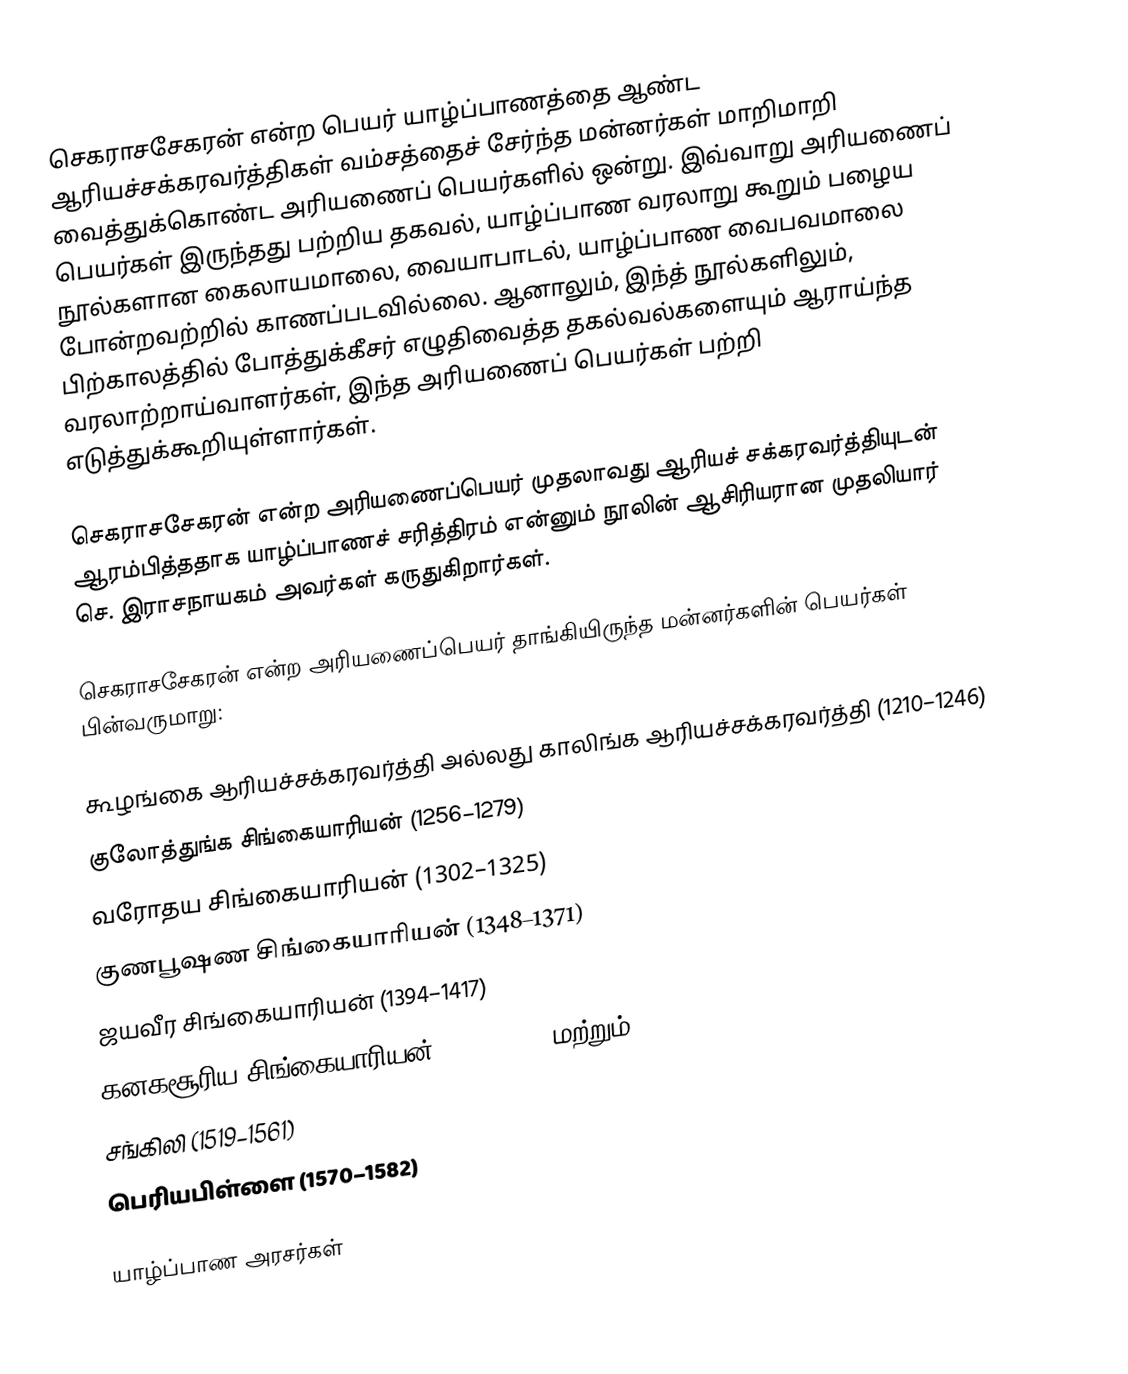
செகராசசேகரன் என்ற பெயர் யாழ்ப்பாணத்தை ஆண்ட ஆரியச்சக்கரவர்த்திகள் வம்சத்தைச் சேர்ந்த மன்னர்கள் மாறிமாறி வைத்துக்கொண்ட அரியணைப் பெயர்களில் ஒன்று. இவ்வாறு அரியணைப் பெயர்கள் இருந்தது பற்றிய தகவல், யாழ்ப்பாண வரலாறு கூறும் பழைய நூல்களான கைலாயமாலை, வையாபாடல், யாழ்ப்பாண வைபவமாலை போன்றவற்றில் காணப்படவில்லை. ஆனாலும், இந்த் நூல்களிலும், பிற்காலத்தில் போத்துக்கீசர் எழுதிவைத்த தகல்வல்களையும் ஆராய்ந்த வரலாற்றாய்வாளர்கள், இந்த அரியணைப் பெயர்கள் பற்றி எடுத்துக்கூறியுள்ளார்கள்.

செகராசசேகரன் என்ற அரியணைப்பெயர் முதலாவது ஆரியச் சக்கரவர்த்தியுடன் ஆரம்பித்ததாக யாழ்ப்பாணச் சரித்திரம் என்னும் நூலின் ஆசிரியரான முதலியார் செ. இராசநாயகம் அவர்கள் கருதுகிறார்கள்.

செகராசசேகரன் என்ற அரியணைப்பெயர் தாங்கியிருந்த மன்னர்களின் பெயர்கள் பின்வருமாறு:

 கூழங்கை ஆரியச்சக்கரவர்த்தி அல்லது காலிங்க ஆரியச்சக்கரவர்த்தி (1210–1246)
 குலோத்துங்க சிங்கையாரியன் (1256–1279)
 வரோதய சிங்கையாரியன் (1302–1325)
 குணபூஷண சிங்கையாரியன் (1348–1371)
 ஜயவீர சிங்கையாரியன் (1394–1417)
 கனகசூரிய சிங்கையாரியன் (1440–1450 மற்றும் 1467–1478)
 சங்கிலி (1519–1561)
 பெரியபிள்ளை (1570–1582)

 யாழ்ப்பாண அரசர்கள்